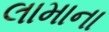
લામાના